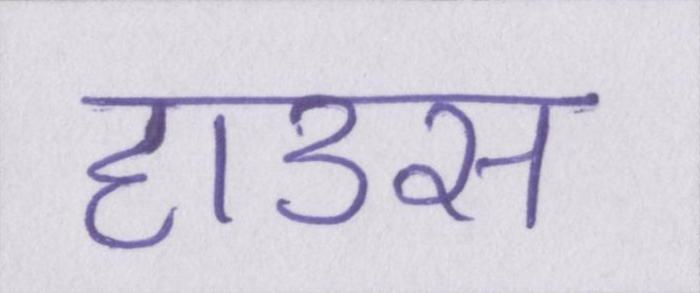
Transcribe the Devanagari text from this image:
हाउस